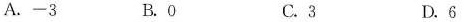
A.-3 B.0 C.3 D.6